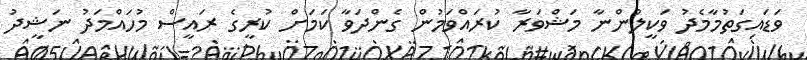
ވަޑައިގަތުމާމެދު ވަކީލުންނާ މަޝްވަރާ ކުރައްވަމުން ގެންދަވާ ކަމަށް ކުރީގެ ރައީސް މުހައްމަދު ނަޝީދު